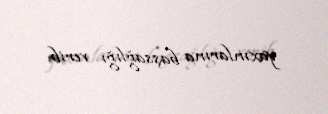
yaxınlarına başsağlığı verib.